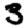
Digit: 3